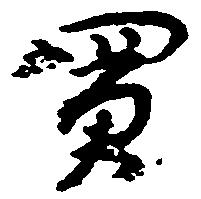
買